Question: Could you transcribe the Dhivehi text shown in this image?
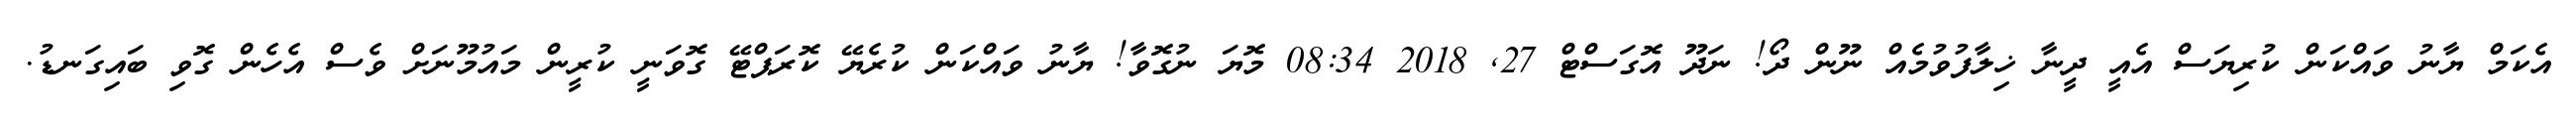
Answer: އެކަމް ޔާނު ވައްކަން ކުރިޔަސް އެއީ ދީނާ ޚިލާފުވުމެއް ނޫން ދޯ! ނަދޫ އޮގަސްޓް 27, 2018 08:34 މޮޔަ ނުގޮވާ! ޔާނު ވައްކަން ކުރެޔޭ ކޮރަޕްޓޭ ގޮވަނީ ކުރީން މައުމޫނަށް ވެސް އެހެން ގޮވި ބައިގަނޑު.